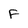
Character: F